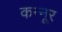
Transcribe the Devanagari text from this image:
कन्‍नूर